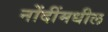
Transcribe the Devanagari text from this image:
नोंदींमधील